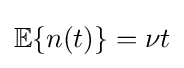
\mathbb {E} \{n(t)\}=\nu t